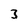
Character: 3